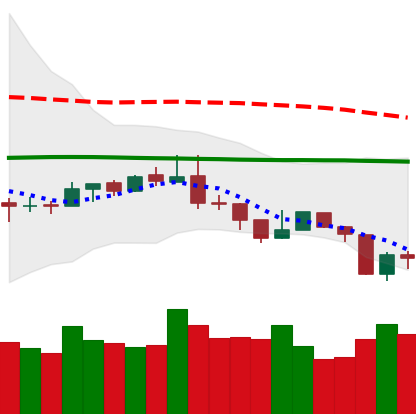
Ticker: NEO-USD
Chart end date: 2019-08-16
Forward return: -4.232%
Label: down_3_5